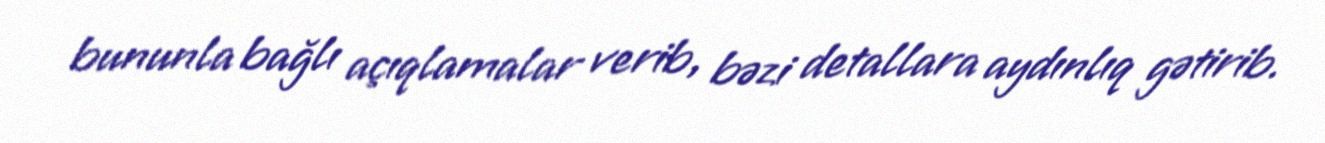
bununla bağlı açıqlamalar verib, bəzi detallara aydınlıq gətirib.